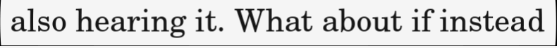
also hearing it. What about if instead